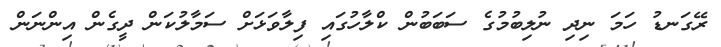
ރޭގަނޑު ހަމަ ނިދި ނުލިބުމުގެ ސަބަބުން ކްލާހުގައި ފިލާވަޅަށް ސަމާލުކަން ދީގެން އިންނަން